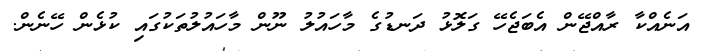
އަނެއްކާ ރާއްޖޭން އެބަޖެހޭ ގަލޮޅު ދަނޑުގެ މާހައުލު ނޫން މާހައުލުތަކުގައި ކުޅެން ހޭނެން.